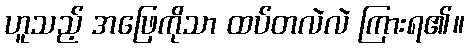
ဟူသည့် အဖြေကိုသာ ထပ်တလဲလဲ ကြားရ၏။